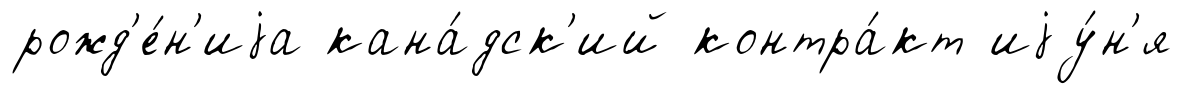
рожд'е́н'иjа кана́дск'ий контра́кт иjу́н'я